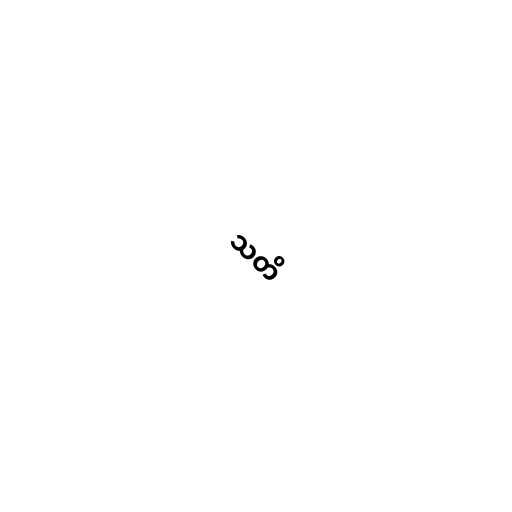
သတိ